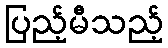
ပြည့်မီသည့်